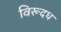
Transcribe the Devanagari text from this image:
विरूदध